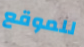
للموقع